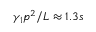
\gamma _ { 1 } p ^ { 2 } / L \approx 1 . 3 s